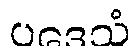
ပဒေသံ